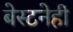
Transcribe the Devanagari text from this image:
बेस्टनेही